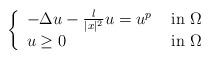
LaTeX: \begin{align*}\left\{\begin{array}{ll}-\Delta u-\frac {\l}{|x|^2}u=u^p & \hbox{ in }\Omega\\u\geq 0& \hbox{ in }\Omega\end{array}\right.\end{align*}